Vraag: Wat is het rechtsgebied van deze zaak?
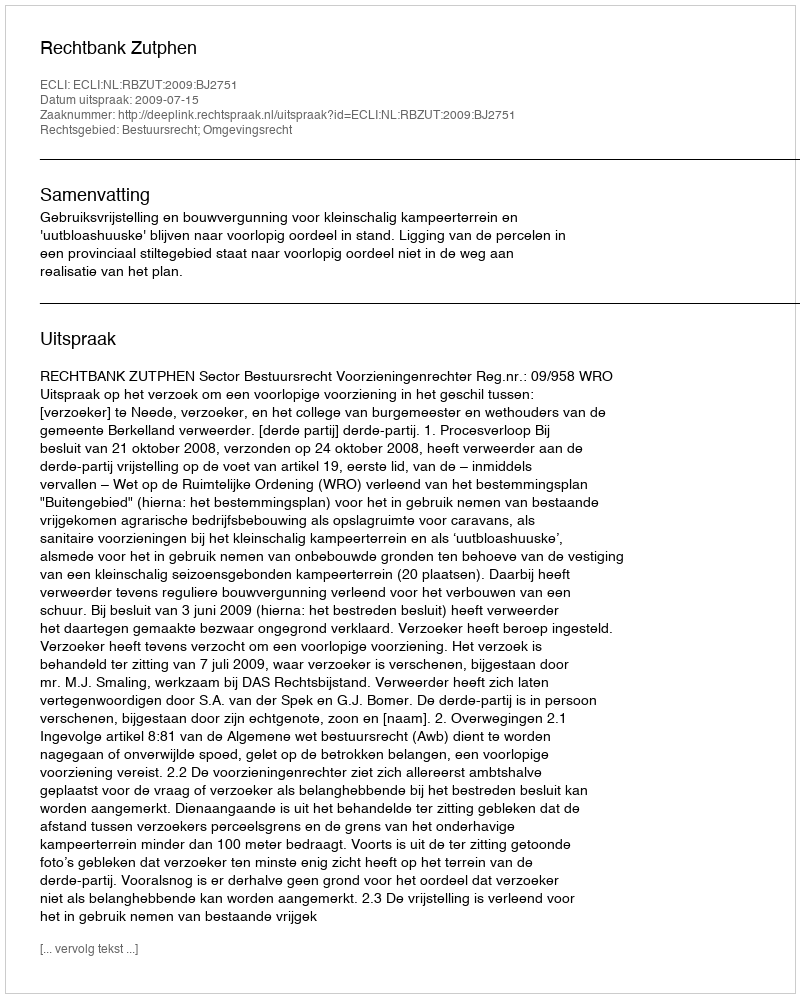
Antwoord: Bestuursrecht; Omgevingsrecht